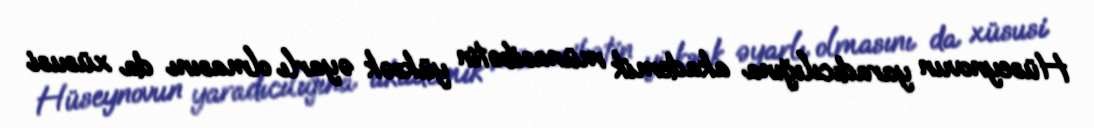
Hüseynovun yaradıcılığına akademik münasibətin yüksək əyarlı olmasını da xüsusi